Vital statistics of India. Vol. VI, European troops 1870-79
Year: 1870
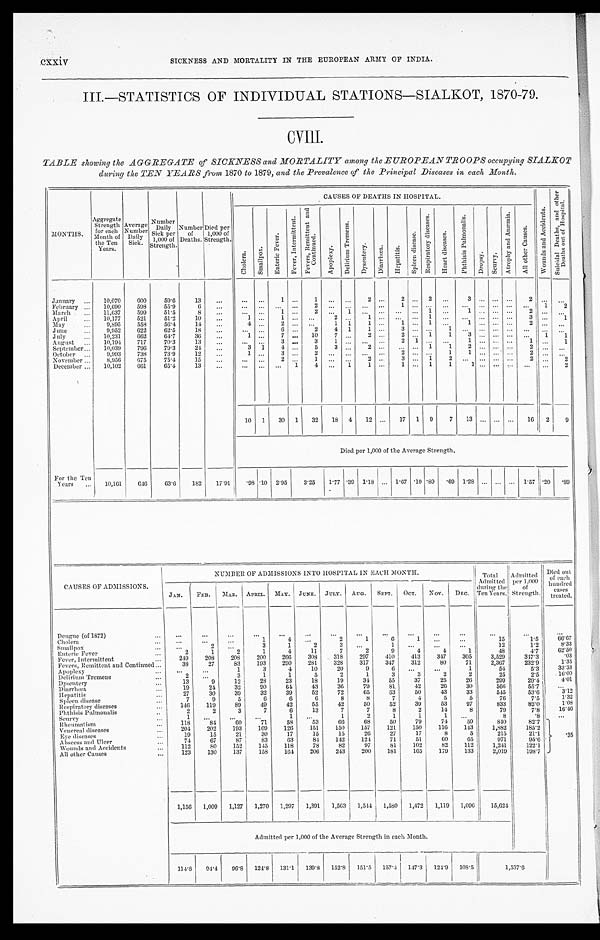
c x x i v
SICKNESS AND MORTALITY IN THE EUROPEAN ARMY OF INDIA.
III.—STATISTICS OF INDIVIDUAL STATIONS—SIALKOT, 1870-79.
CVIII.
TABLE showing the AGGREGATE of SICKNESS and MORTALITY among the EUROPEAN TROOPS occupying SIALKOT
during the TEN YEARS from 1870 to 1879, and the Prevalence of the Principal Diseases in each Month.
MONTHS.
Aggregate S t r e n g t h for each
Month of
the Ten
Years.
Average Number Daily Sick.
Number Daily
Sick per
1,000 of
Strength.
Number of
Deaths.
Died per
1,000 of
Strength
CAUSES OF DEATHS IN HOSPITAL.
W o u n d s a n d A c c i d e n t s .
S u i c i d a l D e a t h s , a n d o t h e r
D e a t h s o u t o f H o s p i t a l .
C h o l e r a .
S m a l l p o x .
E n t e r i c F e v e r .
F e v e r , I n t e r m i t t e n t .
F e v e r , R e m i t t e n t a n d
C o n t i n u e d .
A p o p l e x y . D e l i r i u m T r e m e n s .
D y s e n t e r y . D i a r r h œ a . H e p a t i t i s .
S p l e e n d i s e a s e .
R e s p i r a t o r y d i s e a s e s .
H e a r t d i s e a s e s .
P h t h i s i s P h l m o n a l i s .
D r o p s y . S c u r v y .
A t r o p h y a n d A n æ m i a .
A l l o t h e r C a u s e s .
January
10,070 600 59.6 13
1
1
2
2
2
3
2
February
10,690 598 55.9
6
2
1
1 2
March
11,637 599 51.5
8
1
2
1
1
1
2
April
10,177 521 51.2
10
1
1
2
1
1
3
1
May
9,895 558 56.4 14
4
2
1 1 1
1 1
1
2
June
9,952 622 62.5 18
6
2 4 1 1
3
1
July
10,231 662 64.7 36
1
7
10 7
2
2
1 1 3
1 1
August
10,194 717 70.3 13
3
3
1
2 1
1
1
1
September
10,039 796 79.3 24
3 1 4
5 3
2
1 1 2
2
October
9,993 738 73.9 12
1
3
2
2
1
1
2
November
8,956 675 75.4 15
2
1
2
3
1 2
2
2
December
10,102 661 65.4 13
1 4
1 1
1
1 1
1
2
10 1 30 1 32 18 4 12
17 1 9 7 13
16 2 9
Died per 1,000 of the Average Strength.
For the Ten
Years
10,161 646 63.6 182 17.91 .98 . 1 0 2.95 3 . 2 5
1.77 . 39 1.18
1.67 .10 .89 .69 1.28
1.57 .20 .89
CAUSES OF ADMISSIONS.
NUMBER OF ADMISSIONS INTO HOSPITAL IN EACH MONTH.
Total
Admitted the
Ten Years.
:during
Admitted per 1,000
of
Strength.
Died out
of each
hundred cases
treated.
JAN. FEB. MAR. APRIL. MAY. JUNE. JULY. AUG. SEPT. OCT. NOV. DEC.
Dengue (of 1872)
Cholera
1
4
2
1
6
1
15
1.5
6 6 . 6 7
Smallpox
2
3
1
2
3
1
12
1.2
8 . 3 3
Enteric Fever
2
1
2
1
4
11
7
2
9
4
4
1
48
4. 7
6 2 . 5 0
Fever, Intermittent
249 208 208 200 266 308 318 297 410 413 347 305
3,529
347.3
.03
Fevers, Remittent and Continued
38 27
83 193 290 281 328 317 347 312
80
71
2,367
232.9 1 . 3 5
Apoplexy
1
3
4
10
20
9
6
1
54
5.3 3 3 . 3 3
Delirium Tremens
2
3
1
1
5
2
1
3
3
2
2
25
2.5 1 6 . 0 0
Dysentery
13
9
12
28
23
18
19 34
55
37
25
26
299
29.4 4 . 0 1
Diarrhœa
19
24
32
90
64
43
36 79
81
42
26
30
566
55.7
Hepatitis
27
30
39
32
39
52
72
65
63
50
43
33
545
53.6
3.12
Spleen disease
7
9
5
6
6
6
8
8
7
4
5
5
76
7. 5
1 . 3 2
Respiratory diseases
146 119
89
49
42
55
42
50
52
39
53
97
833
82.0
1 . 0 8
Phthisis Pulmonalis
2
2
3
7
6
13
7
7
8
2
14
8
79
7.8
1 6 . 4 6
Scurvy
1
1
1
2
1
1
1
8
.8
Rheumatism
118
84
60
71
58
53
66
68
50
79
74
59
840
82.7
.35
Venereal diseases
204 202 193 169 126 151 150 157 121 150 116 143
1,882
185.2
Eye diseases
19
15
21
30
17
15
15
26
27
17
8
5
215
21.1
Abscess and Ulcer
74
67
87
83
63
84 142 124 71
51
60
65
971
95.6
Wounds and Accidents
112
80 152 145 118
78
82
97
81 102
82 112
1,241
122.1
All other Causes
123 130 137 158 164 206 243 200 181 165 179 133
2,019
198.7
1,156 1,009 1,127 1,270 1,297 1,391 1,563 1,544 1,580 1,472 1,119 1,096 15,624
Admitted per 1,000 of the Average Strength in each Month.
114.8 94.4 96.8 124.8 131.1 139.8 152.8 151.5 157.4 1 4 7 . 3
124.9 108.5
1 , 5 3 7 . 6